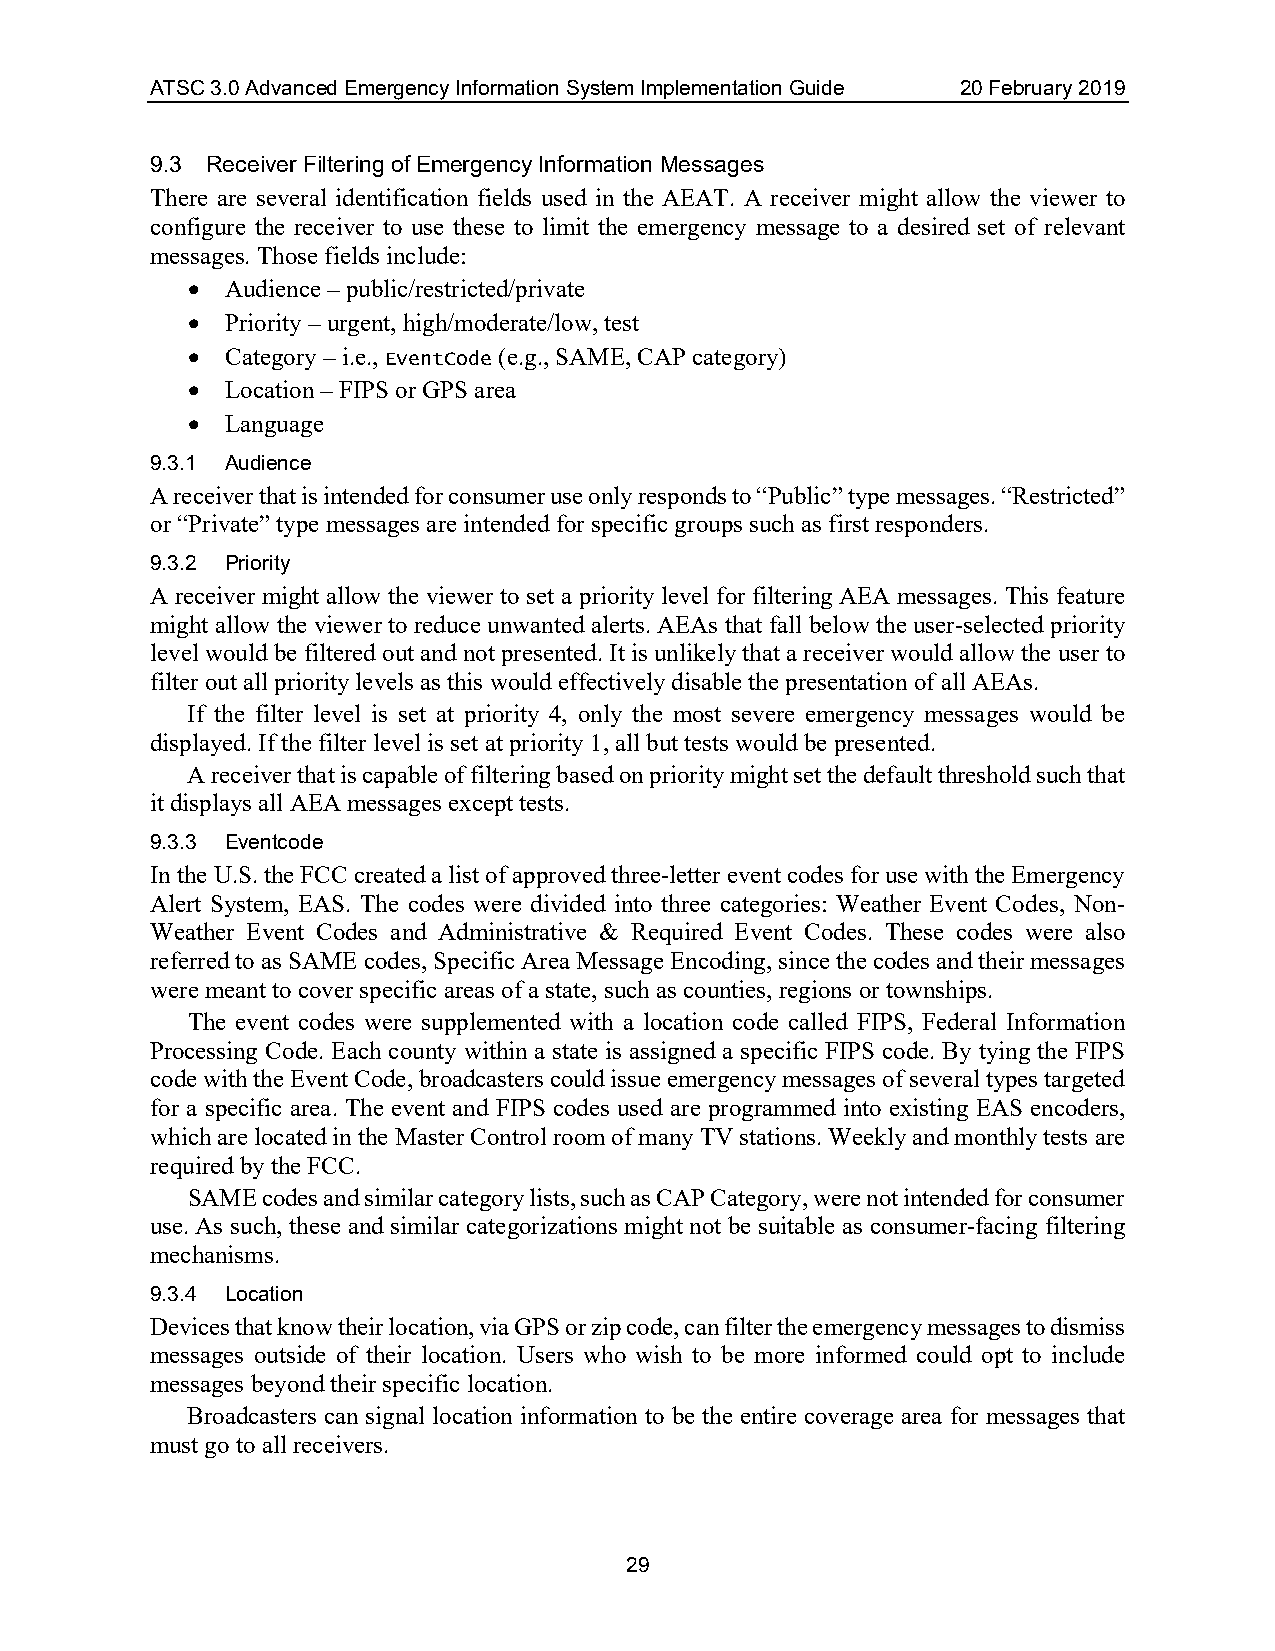
ATSC 3.0 Advanced Emergency Information System Implementation Guide 20 February 2019
 9.3 Receiver Filtering of Emergency Information Messages
 There are several identification fields used in the AEAT. A receiver might allow the viewer to
 configure the receiver to use these to limit the emergency message to a desired set of relevant
 messages. Those fields include:
 •  Audience – public/restricted/private
 •  Priority – urgent, high/moderate/low, test
 •  Category – i.e., EventCode (e.g., SAME, CAP category)
 •  Location – FIPS or GPS area
 •  Language
 9.3.1 Audience
 A receiver that is intended for consumer use only responds to “Public” type messages. “Restricted”
 or “Private” type messages are intended for specific groups such as first responders.
 9.3.2 Priority
 A receiver might allow the viewer to set a priority level for filtering AEA messages. This feature
 might allow the viewer to reduce unwanted alerts. AEAs that fall below the user-selected priority
 level would be filtered out and not presented. It is unlikely that a receiver would allow the user to
 filter out all priority levels as this would effectively disable the presentation of all AEAs.
 If the filter level is set at priority 4, only the most severe emergency messages would be
 displayed. If the filter level is set at priority 1, all but tests would be presented.
 A receiver that is capable of filtering based on priority might set the default threshold such that
 it displays all AEA messages except tests.
 9.3.3 Eventcode
 In the U.S. the FCC created a list of approved three-letter event codes for use with the Emergency
 Alert System, EAS. The codes were divided into three categories: Weather Event Codes, Non-
 Weather Event Codes and Administrative & Required Event Codes. These codes were also
 referred to as SAME codes, Specific Area Message Encoding, since the codes and their messages
 were meant to cover specific areas of a state, such as counties, regions or townships.
 The event codes were supplemented with a location code called FIPS, Federal Information
 Processing Code. Each county within a state is assigned a specific FIPS code. By tying the FIPS
 code with the Event Code, broadcasters could issue emergency messages of several types targeted
 for a specific area. The event and FIPS codes used are programmed into existing EAS encoders,
 which are located in the Master Control room of many TV stations. Weekly and monthly tests are
 required by the FCC.
 SAME codes and similar category lists, such as CAP Category, were not intended for consumer
 use. As such, these and similar categorizations might not be suitable as consumer-facing filtering
 mechanisms.
 9.3.4 Location
 Devices that know their location, via GPS or zip code, can filter the emergency messages to dismiss
 messages outside of their location. Users who wish to be more informed could opt to include
 messages beyond their specific location.
 Broadcasters can signal location information to be the entire coverage area for messages that
 must go to all receivers.
 29